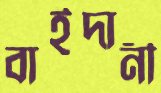
বাইদানী